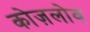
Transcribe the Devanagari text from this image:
कोज़लोव